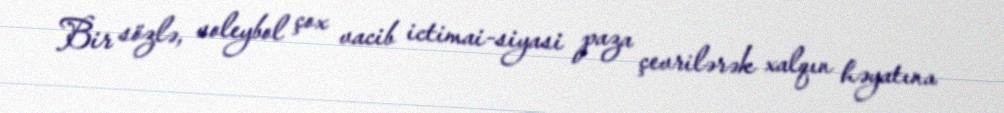
Bir sözlə, voleybol çox vacib ictimai-siyasi paza çevrilərək xalqın həyatına